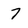
Character: 7